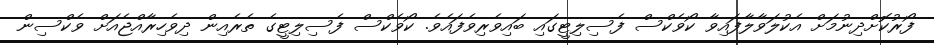
ފޯރުކޮށްދިނުމަށް އެކުލަވާލާފައިވާ ކޯވެކްސް ފެސިލިޓީގައި ބައިވެރިވެފައެވެ. ކޯވެކްސް ފެސިލިޓީގެ ތެރެއިން ދިވެހިރާއްޖެއަށް ވެކްސިން